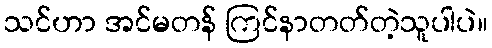
သင်ဟာ အင်မတန် ကြင်နာတတ်တဲ့သူပါပဲ။